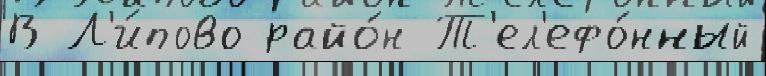
В Л'и́пово райо́н Т'ел'ефо́нный